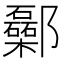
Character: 𨟥